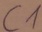
Text: C1